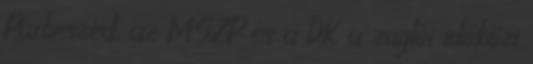
Párbeszéd, az MSZP és a DK a zuglói időközi